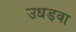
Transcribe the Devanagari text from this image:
उधड़वा